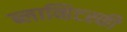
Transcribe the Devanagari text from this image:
ब्लाव्हिटस्‍की